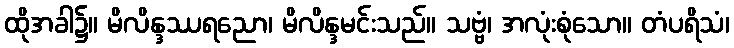
ထိုအခါ၌။ မိလိန္ဒဿရညော၊ မိလိန္ဒမင်းသည်။ သဗ္ဗံ၊ အလုံးစုံသော။ တံပရိသံ၊